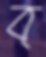
ব্